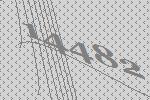
14482